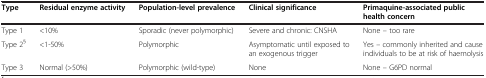
<table><thead><tr><td><b>Type</b></td><td><b>Residual enzyme activity</b></td><td><b>Population-level prevalence</b></td><td><b>Clinical significance</b></td><td><b>Primaquine-associated public health concern</b></td></tr></thead><tbody><tr><td>Type 1</td><td>&lt;10%</td><td>Sporadic (never polymorphic)</td><td>Severe and chronic: CNSHA</td><td>None – too rare</td></tr><tr><td>Type 2<sup>§</sup></td><td>&lt;1-50%</td><td>Polymorphic</td><td>Asymptomatic until exposed to an exogenous trigger</td><td>Yes – commonly inherited and cause individuals to be at risk of haemolysis</td></tr><tr><td>Type 3</td><td>Normal (&gt;50%)</td><td>Polymorphic (wild-type)</td><td>None</td><td>None – G6PD normal</td></tr></tbody></table>